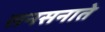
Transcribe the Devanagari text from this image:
सनसनाते